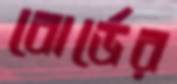
বোর্ডের